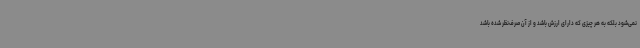
نمی‌شود بلکه به هر چیزی که دارای ارزش باشد و از آن صرف‌نظر شده باشد